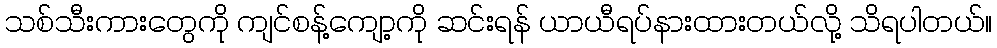
သစ်သီးကားတွေကို ကျင်စန့်ကျော့ကို ဆင်းရန် ယာယီရပ်နားထားတယ်လို့ သိရပါတယ်။